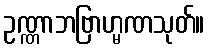
ဥဏ္ဏာဘဗြာဟ္မဏသုတ်။